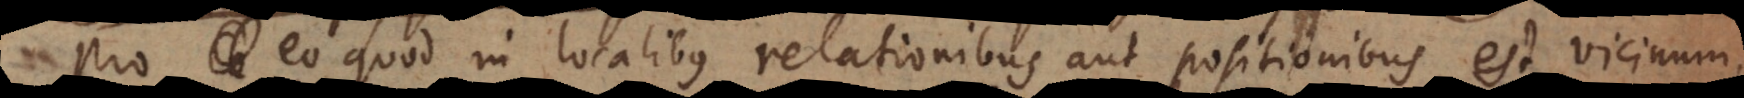
Pro eo quod in localibus relationibus aut positionibus est vicinum,